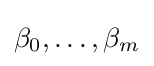
\beta _{0},\ldots ,\beta _{m}